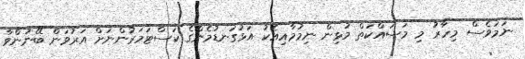
ނަމަވެސް މިހާރު މި މަސައްކަތް މުޅިން ނިމުމާއިއެކު އަޅުގަނޑުމެންގެ ކަސްޓަމަރުންނަށް އަރުވަން ބޭނުންވާ